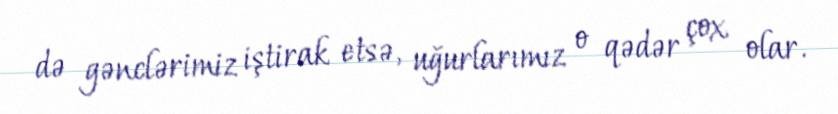
də gənclərimiz iştirak etsə, uğurlarımız o qədər çox olar.